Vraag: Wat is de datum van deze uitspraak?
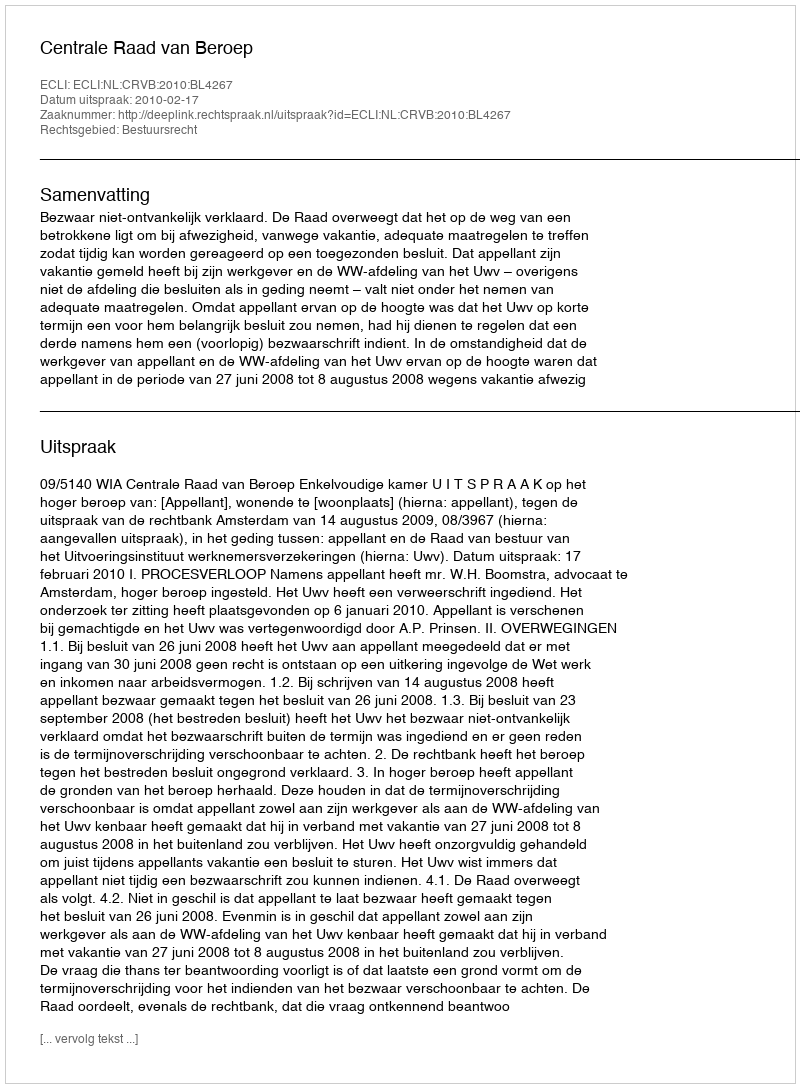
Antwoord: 2010-02-17